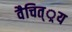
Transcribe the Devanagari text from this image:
वैचित््रय